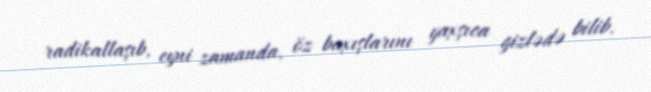
radikallaşıb, eyni zamanda, öz baxışlarını yaxşıca gizlədə bilib.